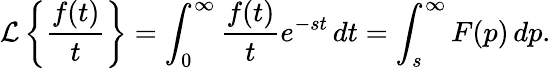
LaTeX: {\mathcal{L}}\left\{ {\frac{f(t)}{t}}\right\} =\int_{0}^{\infty}{\frac{f(t)}{t}}e^{-st}\, dt=\int_{s}^{\infty}F(p)\, dp.